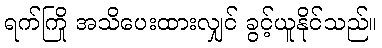
ရက်ကြို အသိပေးထားလျှင် ခွင့်ယူနိုင်သည်။